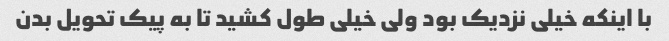
با اینکه خیلی نزدیک بود ولی خیلی طول کشید تا به پیک تحویل بدن